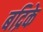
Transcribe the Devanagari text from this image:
बद्रिके